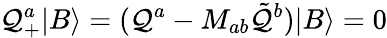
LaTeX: \mathcal{Q}_{+}^{a}|B\rangle=(\mathcal{Q}^{a}-M_{ab}\tilde{{\mathcal{Q}}}^{b})|B\rangle=0